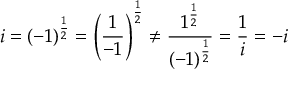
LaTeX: i = ( - 1 ) ^ { \frac { 1 } { 2 } } = \left( { \frac { 1 } { - 1 } } \right) ^ { \frac { 1 } { 2 } } \not = { \frac { 1 ^ { \frac { 1 } { 2 } } } { ( - 1 ) ^ { \frac { 1 } { 2 } } } } = { \frac { 1 } { i } } = - i